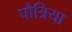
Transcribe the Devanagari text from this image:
पौत्रिया